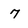
Character: 7